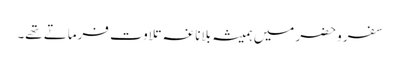
سفر وحضر میں ہمیشہ بلاناغہ تلاوت فرماتے تھے۔